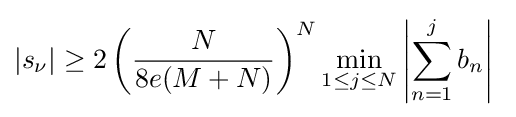
|s_{\nu }|\geq 2\left({\frac {N}{8e(M+N)}}\right)^{N}\min _{1\leq j\leq N}\left\vert {\sum _{n=1}^{j}b_{n}}\right\vert \